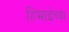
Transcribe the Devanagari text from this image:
हिमाईच्या